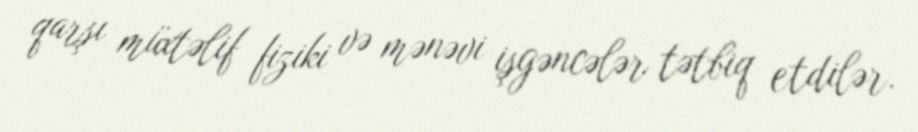
qarşı müxtəlif fiziki və mənəvi işgəncələr tətbiq etdilər.